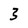
Character: 3